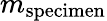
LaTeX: m_{\mathrm{specimen}}